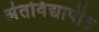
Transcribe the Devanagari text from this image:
अंतर्विद्यापीठ